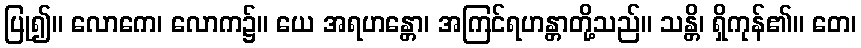
ပြု၍။ လောကေ၊ လောက၌။ ယေ အရဟန္တော၊ အကြင်ရဟန္တာတို့သည်။ သန္တိ၊ ရှိကုန်၏။ တေ၊